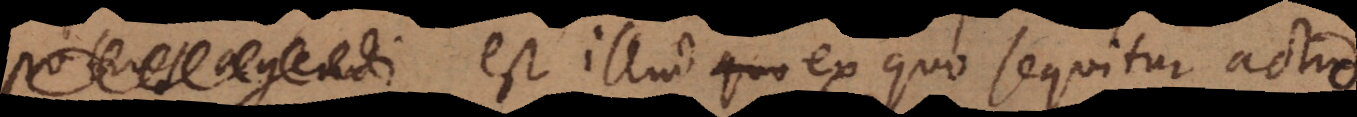
s est illud ex quo sequitur actio